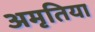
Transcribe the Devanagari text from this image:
अमृतिया